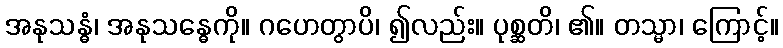
အနုသန္ဓံ၊ အနုသန္ဓေကို။ ဂဟေတွာပိ၊ ၍လည်း။ ပုစ္ဆတိ၊ ၏။ တသ္မာ၊ ကြောင့်။